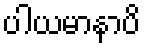
ပါယမာနာပိ